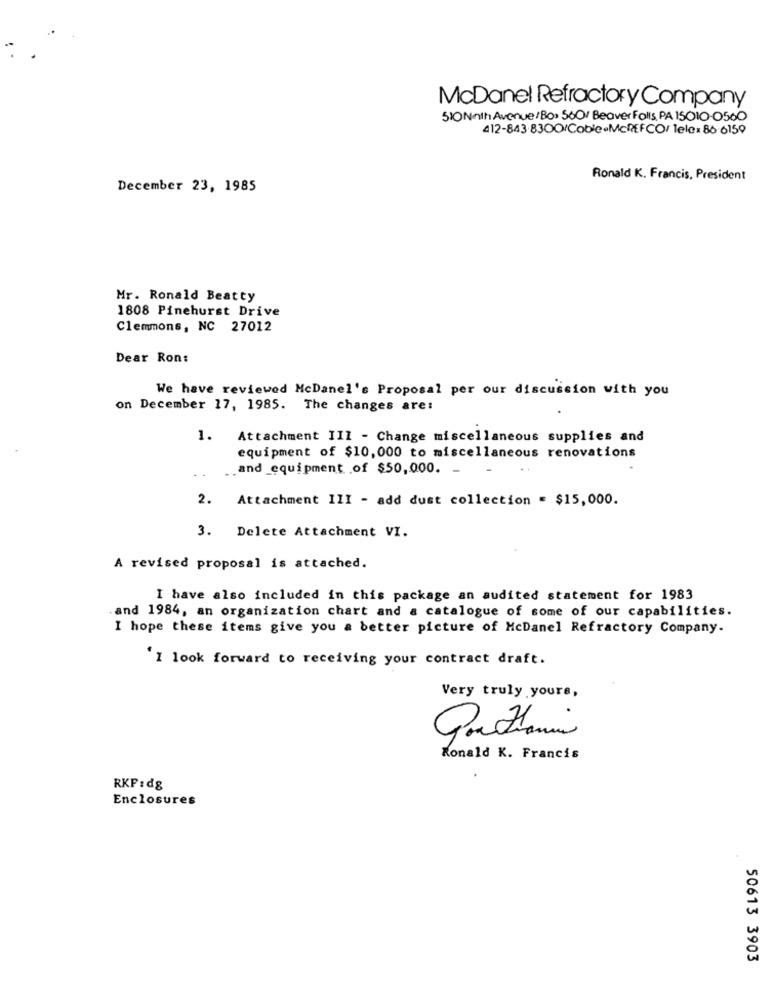
McDanel Refractory Company
510Ninth Avenue/Bo. 560/ Beaver Folls, PA ISO10-0560
412-843.8300/Coble.McREFCO/ Telex 86 6159
Ronald K. Francis, President
December 23, 1985
Mr. Ronald Beatty
1808 Pinehurst Drive
Clemmons, NC 27012
Dear Ron:
We have reviewed McDanel's Proposal per our discussion with you
on December 17, 1985. The changes are:
1.
Attachment III - Change miscellaneous supplies and
equipment of $10,000 to miscellaneous renovations
and equipment of $50,000. -
2.
Attachment III - add dust collection = $15,000.
3. Delete Attachment VI.
A revised proposal is attached.
I have also included in this package an audited statement for 1983
.and 1984, an organization chart and a catalogue of some of our capabilities.
I hope these items give you a better picture of McDanel Refractory Company.
'I look forward to receiving your contract draft.
Very truly yours,
.
Ronald K. Francis
RKF:d8
Enclosures
50613 3903